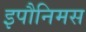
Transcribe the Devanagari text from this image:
इपौनिमस